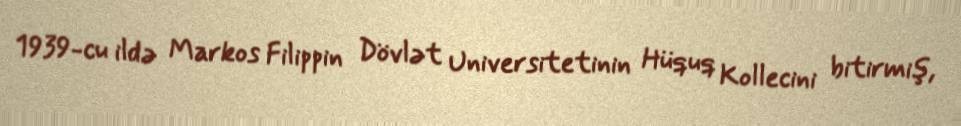
1939-cu ildə Markos Filippin Dövlət Universitetinin Hüquq Kollecini bitirmiş,